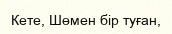
Кете, Шөмен бір туған,